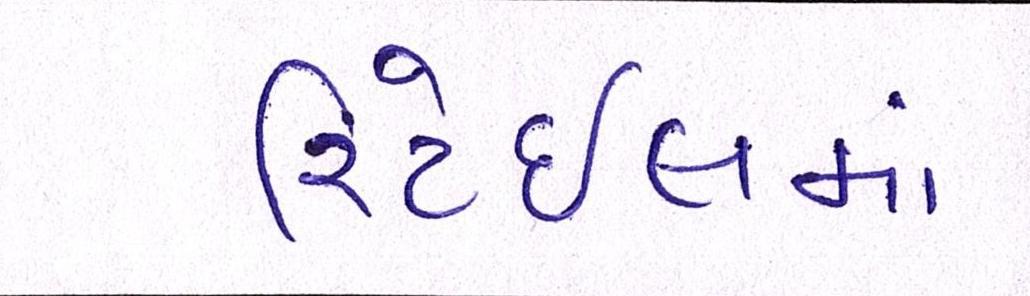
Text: રિટેઈલમાં